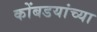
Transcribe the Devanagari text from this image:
कोंबडयांच्या